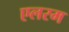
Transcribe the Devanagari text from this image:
एलरम